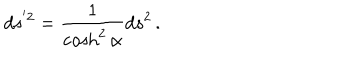
d s ^ { ' 2 } = \frac { 1 } { \cosh ^ { 2 } \alpha } d s ^ { 2 } \, .